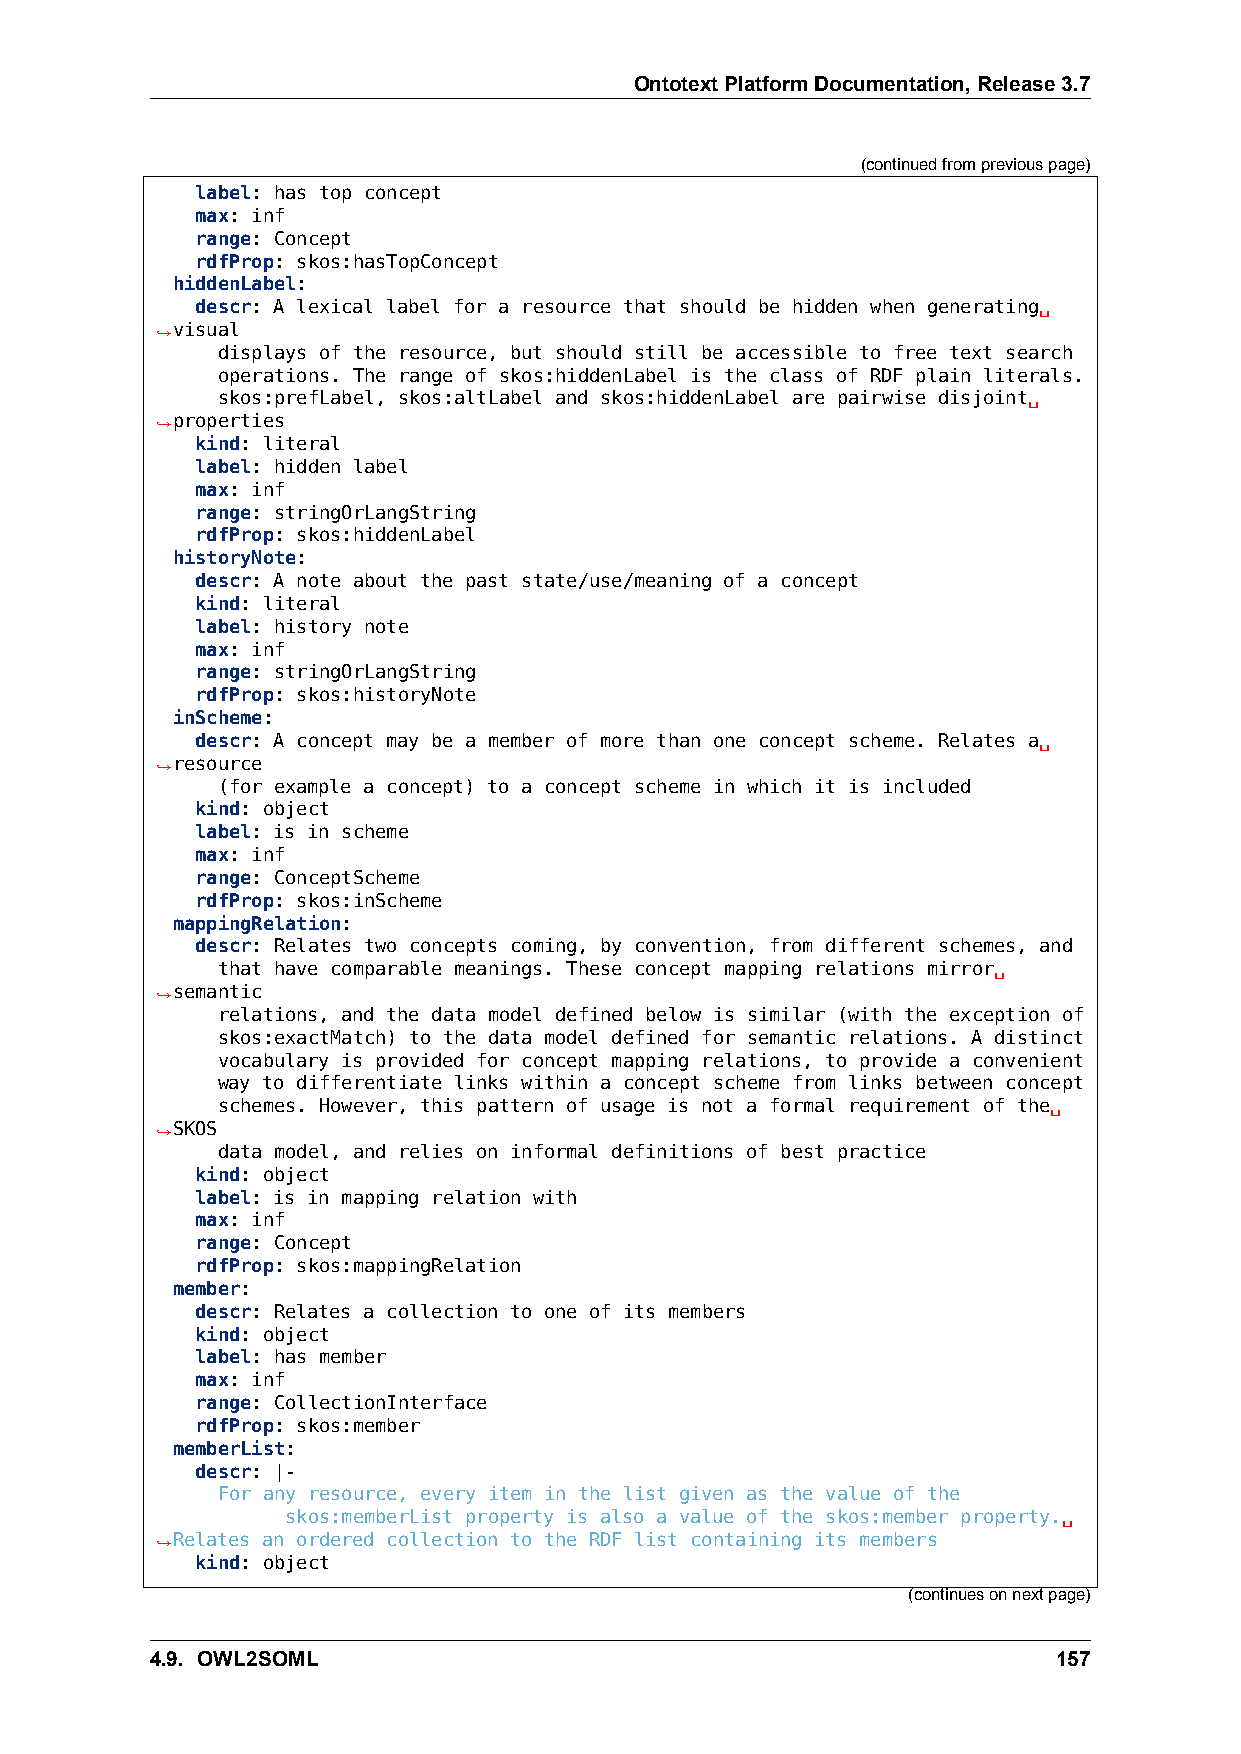
OntotextPlatformDocumentation,Release3.7
 (continuedfrompreviouspage)
 label: has top concept
 max: inf
 range: Concept
 rdfProp: skos:hasTopConcept
 hiddenLabel:
 descr: A lexical label for a resource that should be hidden when generating␣
 ,→visual
 displays of the resource, but should still be accessible to free text search
 operations. The range of skos:hiddenLabel is the class of RDF plain literals.
 skos:prefLabel, skos:altLabel and skos:hiddenLabel are pairwise disjoint␣
 ,→properties
 kind: literal
 label: hidden label
 max: inf
 range: stringOrLangString
 rdfProp: skos:hiddenLabel
 historyNote:
 descr: A note about the past state/use/meaning of a concept
 kind: literal
 label: history note
 max: inf
 range: stringOrLangString
 rdfProp: skos:historyNote
 inScheme:
 descr: A concept may be a member of more than one concept scheme. Relates a␣
 ,→resource
 (for example a concept) to a concept scheme in which it is included
 kind: object
 label: is in scheme
 max: inf
 range: ConceptScheme
 rdfProp: skos:inScheme
 mappingRelation:
 descr: Relates two concepts coming, by convention, from different schemes, and
 that have comparable meanings. These concept mapping relations mirror␣
 ,→semantic
 relations, and the data model defined below is similar (with the exception of
 skos:exactMatch) to the data model defined for semantic relations. A distinct
 vocabulary is provided for concept mapping relations, to provide a convenient
 way to differentiate links within a concept scheme from links between concept
 schemes. However, this pattern of usage is not a formal requirement of the␣
 ,→SKOS
 data model, and relies on informal definitions of best practice
 kind: object
 label: is in mapping relation with
 max: inf
 range: Concept
 rdfProp: skos:mappingRelation
 member:
 descr: Relates a collection to one of its members
 kind: object
 label: has member
 max: inf
 range: CollectionInterface
 rdfProp: skos:member
 memberList:
 descr: |-
 For any resource, every item in the list given as the value of the
 skos:memberList property is also a value of the skos:member property.␣
 ,→Relates an ordered collection to the RDF list containing its members
 kind: object
 (continuesonnextpage)
 4.9. OWL2SOML                                               157